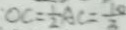
O C = \frac { 1 } { 2 } A C = \frac { 1 0 } { 2 }